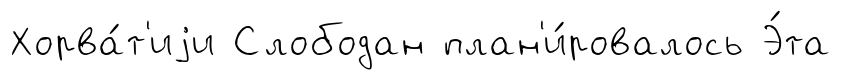
Хорва́т'иjи Слободан план'и́ровалось Э́та